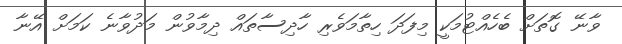
ވާނޭ ގޮތަށް ބެހެއްޓުމަކީ މިފަދަ ހިތާމަވެރި ހާދިސާތައް ދިމާވުން މަދުވާނެ ކަމަށް އޭނާ